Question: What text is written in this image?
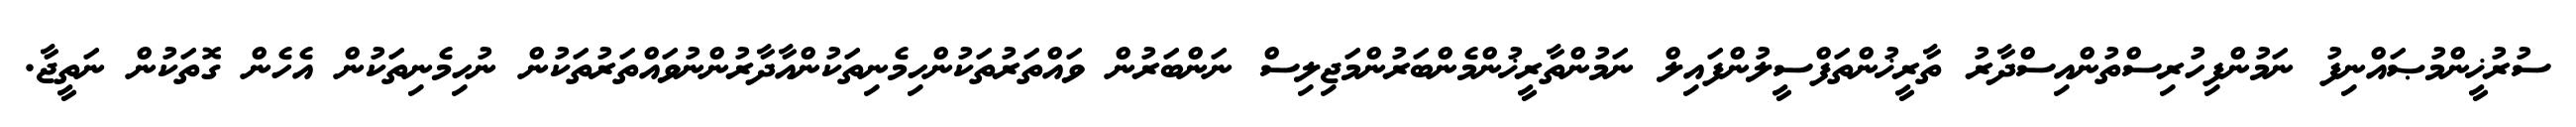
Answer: ސުރުޚީންމުޞައްނިފު ނަމުންފިހުރިސްތުންއިސްދާރު ތާރީޚުންތަފްސީލުންފައިލް ނަމުންތާރީޚުންމެންބަރުންމަޖިލިސް ނަންބަރުން ވައްތަރުތަކުންހިމެނިތަކުންއާދާރުންނުވައްތަރުތަކުން ނުހިމެނިތަކުން އެހެން ގޮތަކުން ނަތީޖާ.